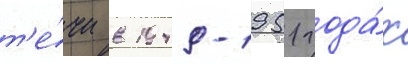
т'е́чи в 1949-1951 года́х